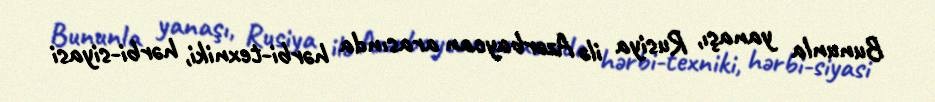
Bununla yanaşı, Rusiya ilə Azərbaycan arasında hərbi-texniki, hərbi-siyasi